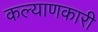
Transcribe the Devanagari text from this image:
कल्‍याणकारी